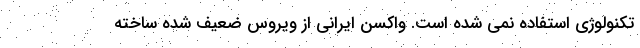
تکنولوژی استفاده نمی شده است. واکسن ایرانی از ویروس ضعیف شده ساخته